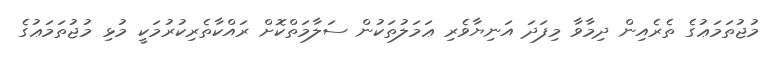
މުޖުތަމަޢުގެ ތެރެއިން ދިމާވާ މިފަދަ އަނިޔާވެރި ޢަމަލުތަކުން ސަލާމަތްކޮށް ރައްކާތެރިކުރުމަކީ މުޅި މުޖުތަމަޢުގެ